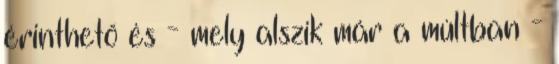
érinthető és - mely alszik már a múltban -